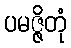
ပမဇ္ဇိတုံ